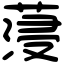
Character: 蓡